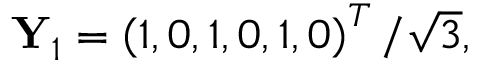
\begin{array} { r } { \mathbf { Y } _ { 1 } = \left( 1 , 0 , 1 , 0 , 1 , 0 \right) ^ { T } / \sqrt { 3 } , } \end{array}